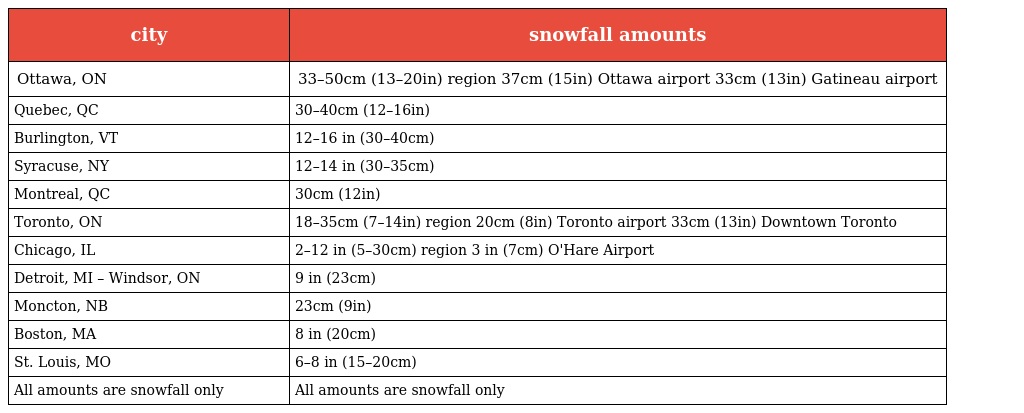
| city | snowfall amounts |
 | --- | --- |
 | Ottawa, ON | 33–50cm (13–20in) region 37cm (15in) Ottawa airport 33cm (13in) Gatineau airport |
 | Quebec, QC | 30–40cm (12–16in) |
 | Burlington, VT | 12–16 in (30–40cm) |
 | Syracuse, NY | 12–14 in (30–35cm) |
 | Montreal, QC | 30cm (12in) |
 | Toronto, ON | 18–35cm (7–14in) region 20cm (8in) Toronto airport 33cm (13in) Downtown Toronto |
 | Chicago, IL | 2–12 in (5–30cm) region 3 in (7cm) O'Hare Airport |
 | Detroit, MI – Windsor, ON | 9 in (23cm) |
 | Moncton, NB | 23cm (9in) |
 | Boston, MA | 8 in (20cm) |
 | St. Louis, MO | 6–8 in (15–20cm) |
 | All amounts are snowfall only | All amounts are snowfall only |